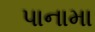
પાનામા